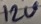
Text: 12V